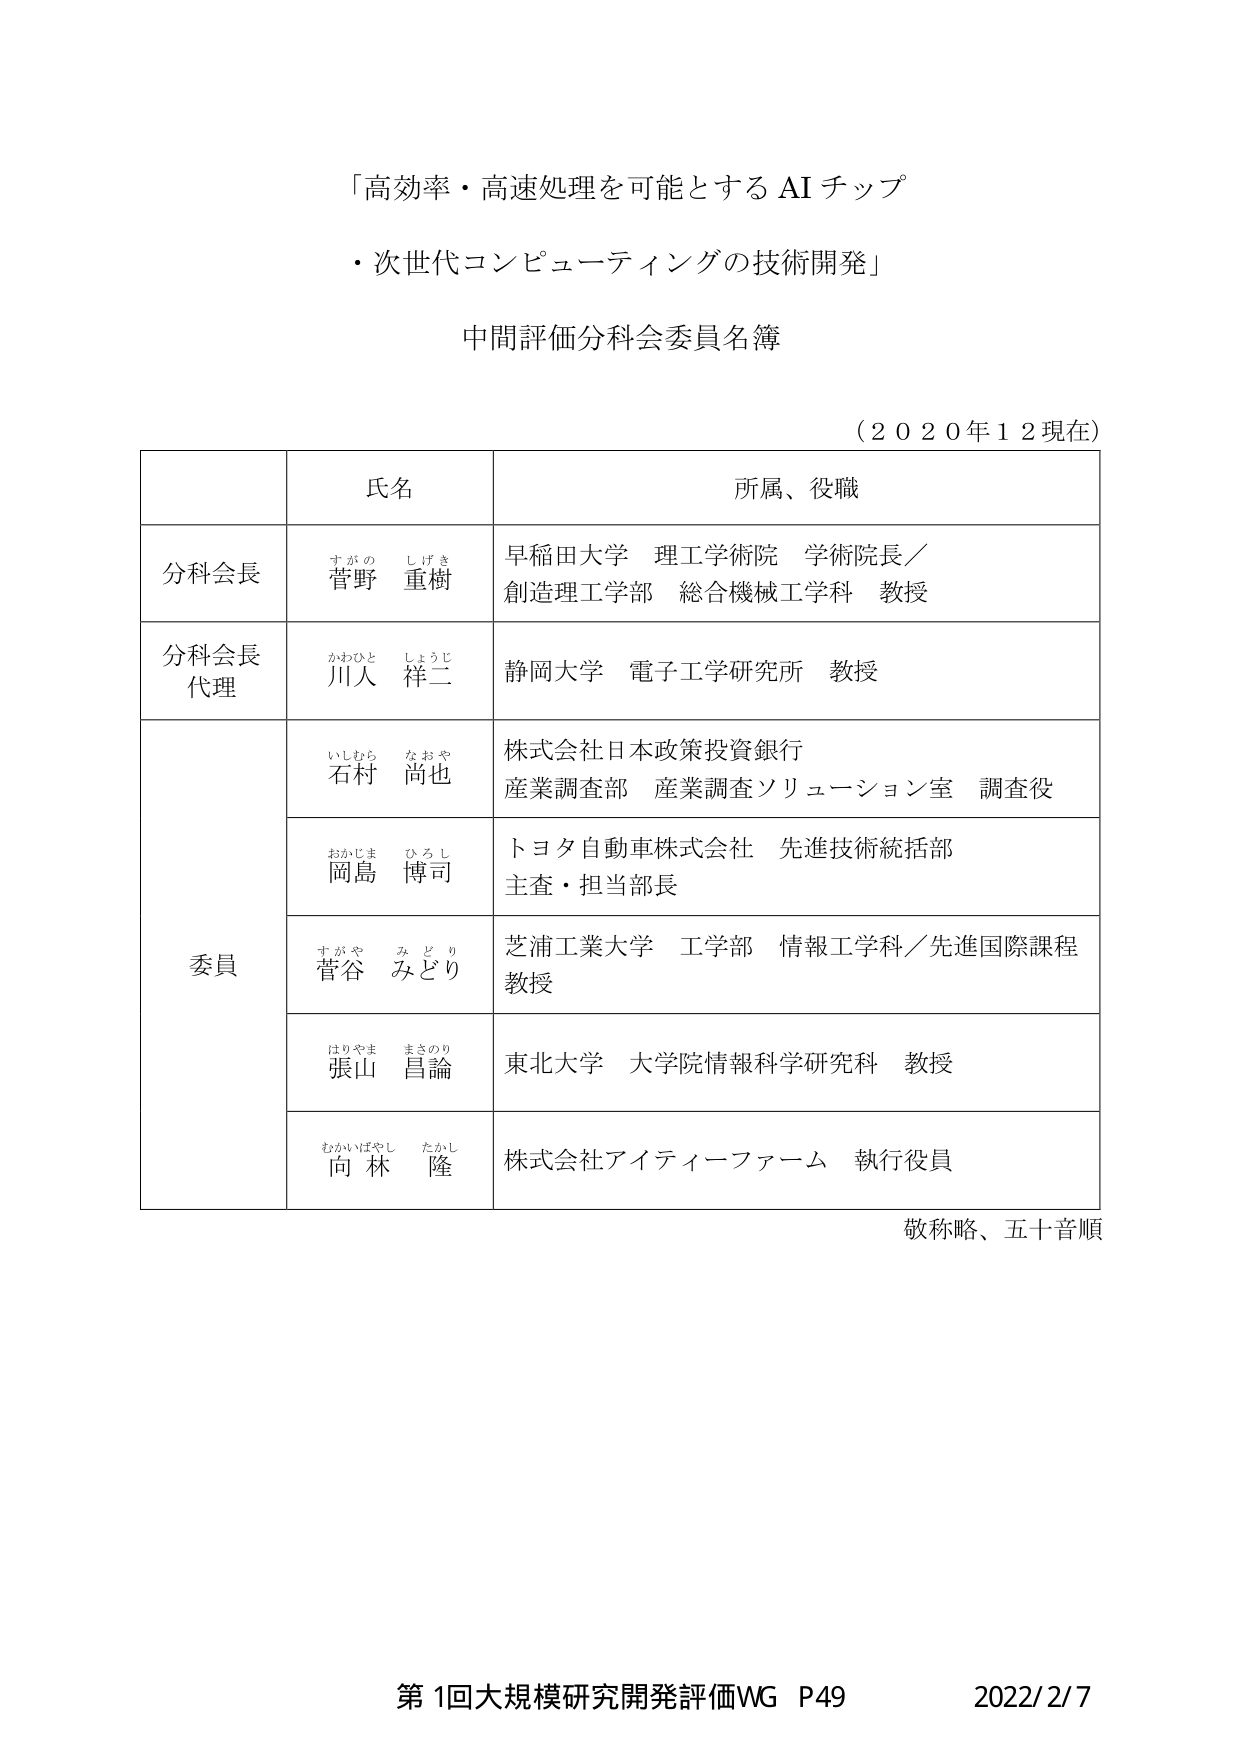
「高効率・高速処理を可能とする AI チップ
・次世代コンピューティングの技術開発」

中間評価分科会委員名簿

（２０２０年１２現在）

氏名　　　　　　　　　　　　　　　　　所属、役職

分科会長　　　菅野 重樹　　　　　　　早稲田大学 理工学術院 学術院長／
　　　　　　　　すがの しげき　　　　　創造理工学部 総合機械工学科 教授

分科会長　　　川人 祥二　　　　　　　静岡大学 電子工学研究所 教授
代理　　　　　　かわひと しょうじ

委員　　　　石村 尚也　　　　　　　　株式会社日本政策投資銀行
　　　　　　　　いしむら なおや　　　　　産業調査部 産業調査ソリューション室 調査役

　　　　　　　岡島 博司　　　　　　　　トヨタ自動車株式会社 先進技術統括部
　　　　　　　　おかじま ひろし　　　　　主査・担当部長

　　　　　　　菅谷 みどり　　　　　　　芝浦工業大学 工学部 情報工学科／先進国際課程
　　　　　　　　すがや みどり　　　　　　教授

　　　　　　　張山 昌論　　　　　　　　東北大学 大学院情報科学研究科 教授
　　　　　　　　はりやま まさのり

　　　　　　　向林 隆　　　　　　　　　株式会社アイティーファーム 執行役員
　　　　　　　　むかいばやし たかし

敬称略、五十音順

第1回大規模研究開発評価WG P49　　　　2022/2/7